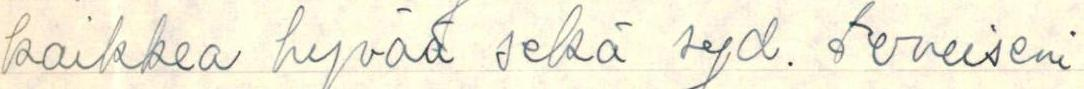
kaikkea hyvää sekä syd. terveiseni